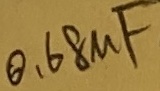
Text: 0,68µF